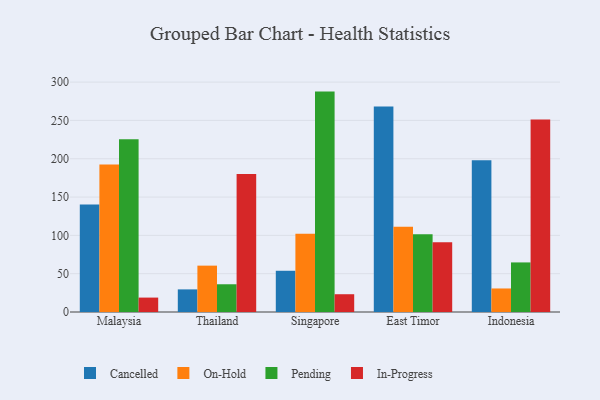
{"axis": {"x": "Country", "y": "Tickets Resolved"}, "legend": ["Cancelled", "In-Progress", "On-Hold", "Pending"], "data": [{"x": "Malaysia", "y": 140.3, "type": "Cancelled"}, {"x": "Malaysia", "y": 192.6, "type": "On-Hold"}, {"x": "Malaysia", "y": 225.5, "type": "Pending"}, {"x": "Malaysia", "y": 18.8, "type": "In-Progress"}, {"x": "Thailand", "y": 29.5, "type": "Cancelled"}, {"x": "Thailand", "y": 60.5, "type": "On-Hold"}, {"x": "Thailand", "y": 36.2, "type": "Pending"}, {"x": "Thailand", "y": 180.2, "type": "In-Progress"}, {"x": "Singapore", "y": 53.8, "type": "Cancelled"}, {"x": "Singapore", "y": 102.2, "type": "On-Hold"}, {"x": "Singapore", "y": 287.6, "type": "Pending"}, {"x": "Singapore", "y": 23.2, "type": "In-Progress"}, {"x": "East Timor", "y": 268.3, "type": "Cancelled"}, {"x": "East Timor", "y": 111.4, "type": "On-Hold"}, {"x": "East Timor", "y": 101.6, "type": "Pending"}, {"x": "East Timor", "y": 91.1, "type": "In-Progress"}, {"x": "Indonesia", "y": 197.9, "type": "Cancelled"}, {"x": "Indonesia", "y": 30.7, "type": "On-Hold"}, {"x": "Indonesia", "y": 64.7, "type": "Pending"}, {"x": "Indonesia", "y": 251.3, "type": "In-Progress"}]}